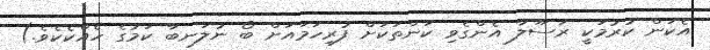
އެކަން ކުރުމަކީ ރަސޫލާ އެންގެވި ކަންތަކަށް ފުރިހަމައަށް ބޯ ނުލަނބާ ކަމުގެ ހެއްކެކެވެ.)